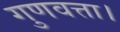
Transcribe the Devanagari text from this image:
गुणवत्ता।